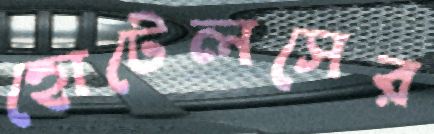
হোটেলসের